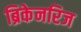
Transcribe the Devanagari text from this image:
ब्रिकेनरिज